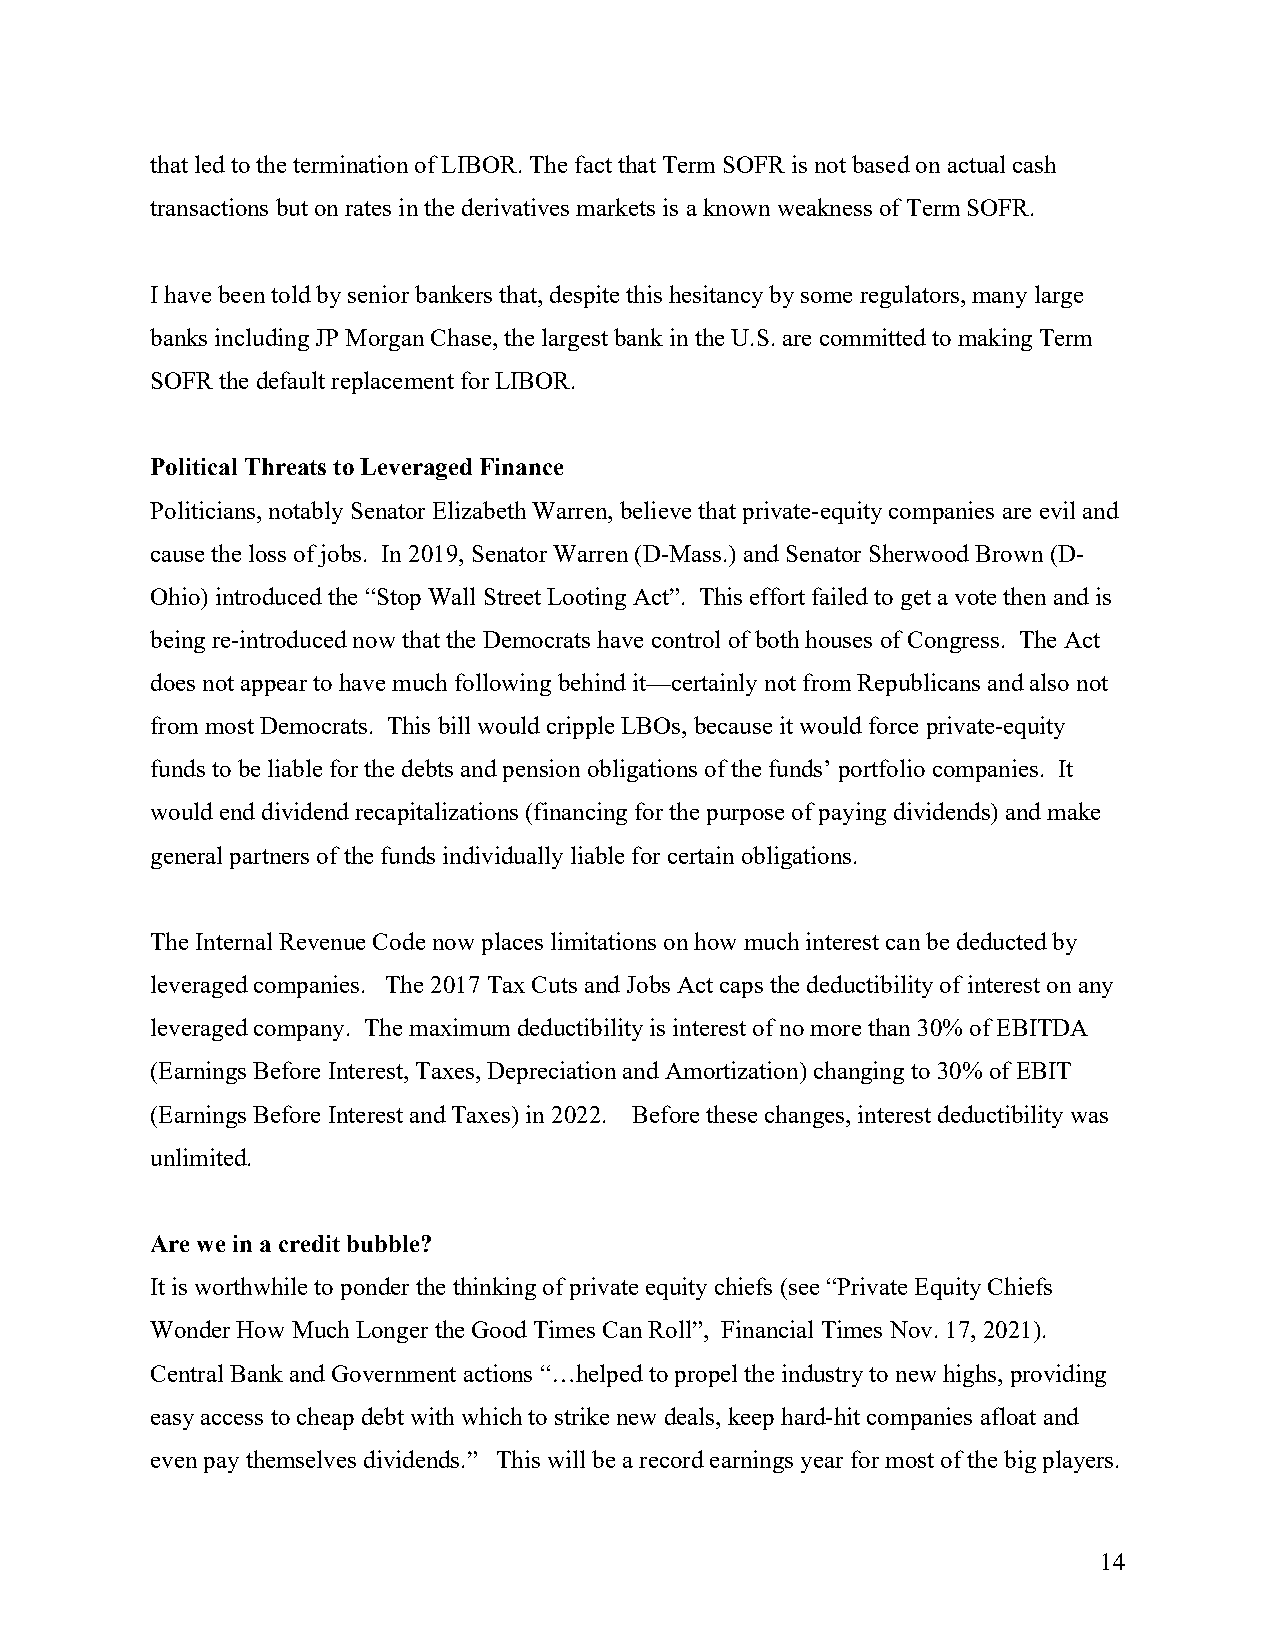
that led to the termination of LIBOR. The fact that Term SOFR is not based on actual cash
 transactions but on rates in the derivatives markets is a known weakness of Term SOFR.
 I have been told by senior bankers that, despite this hesitancy by some regulators, many large
 banks including JP Morgan Chase, the largest bank in the U.S. are committed to making Term
 SOFR the default replacement for LIBOR.
 Political Threats to Leveraged Finance
 Politicians, notably Senator Elizabeth Warren, believe that private-equity companies are evil and
 cause the loss of jobs. In 2019, Senator Warren (D-Mass.) and Senator Sherwood Brown (D-
 Ohio) introduced the “Stop Wall Street Looting Act”. This effort failed to get a vote then and is
 being re-introduced now that the Democrats have control of both houses of Congress. The Act
 does not appear to have much following behind it—certainly not from Republicans and also not
 from most Democrats. This bill would cripple LBOs, because it would force private-equity
 funds to be liable for the debts and pension obligations of the funds’ portfolio companies. It
 would end dividend recapitalizations (financing for the purpose of paying dividends) and make
 general partners of the funds individually liable for certain obligations.
 The Internal Revenue Code now places limitations on how much interest can be deducted by
 leveraged companies. The 2017 Tax Cuts and Jobs Act caps the deductibility of interest on any
 leveraged company. The maximum deductibility is interest of no more than 30% of EBITDA
 (Earnings Before Interest, Taxes, Depreciation and Amortization) changing to 30% of EBIT
 (Earnings Before Interest and Taxes) in 2022. Before these changes, interest deductibility was
 unlimited.
 Are we in a credit bubble?
 It is worthwhile to ponder the thinking of private equity chiefs (see “Private Equity Chiefs
 Wonder How Much Longer the Good Times Can Roll”, Financial Times Nov. 17, 2021).
 Central Bank and Government actions “…helped to propel the industry to new highs, providing
 easy access to cheap debt with which to strike new deals, keep hard-hit companies afloat and
 even pay themselves dividends.” This will be a record earnings year for most of the big players.
 14